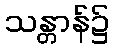
သန္တာန်၌